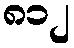
၈၁၂